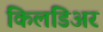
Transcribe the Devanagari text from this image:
किलडिअर